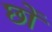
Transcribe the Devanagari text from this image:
छों